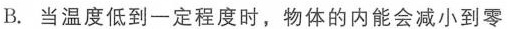
B.当温度低到一定程度时，物体的内能会减小到零